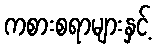
ကစားစရာများနှင့်